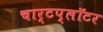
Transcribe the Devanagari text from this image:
चार्टप्लॉटर